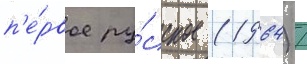
п'е́рвое ру́сское (1964) /